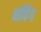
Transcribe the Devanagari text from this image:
थंपिंग